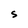
Character: S